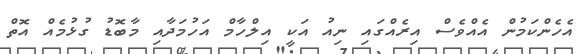
އެހެންކަމުން އެއްވެސް އިރެއްގައި ނިއު އަކީ އިލްހާމް އަހުމަދާއި މާބޮޑު ގުޅުމެއް އޮތް